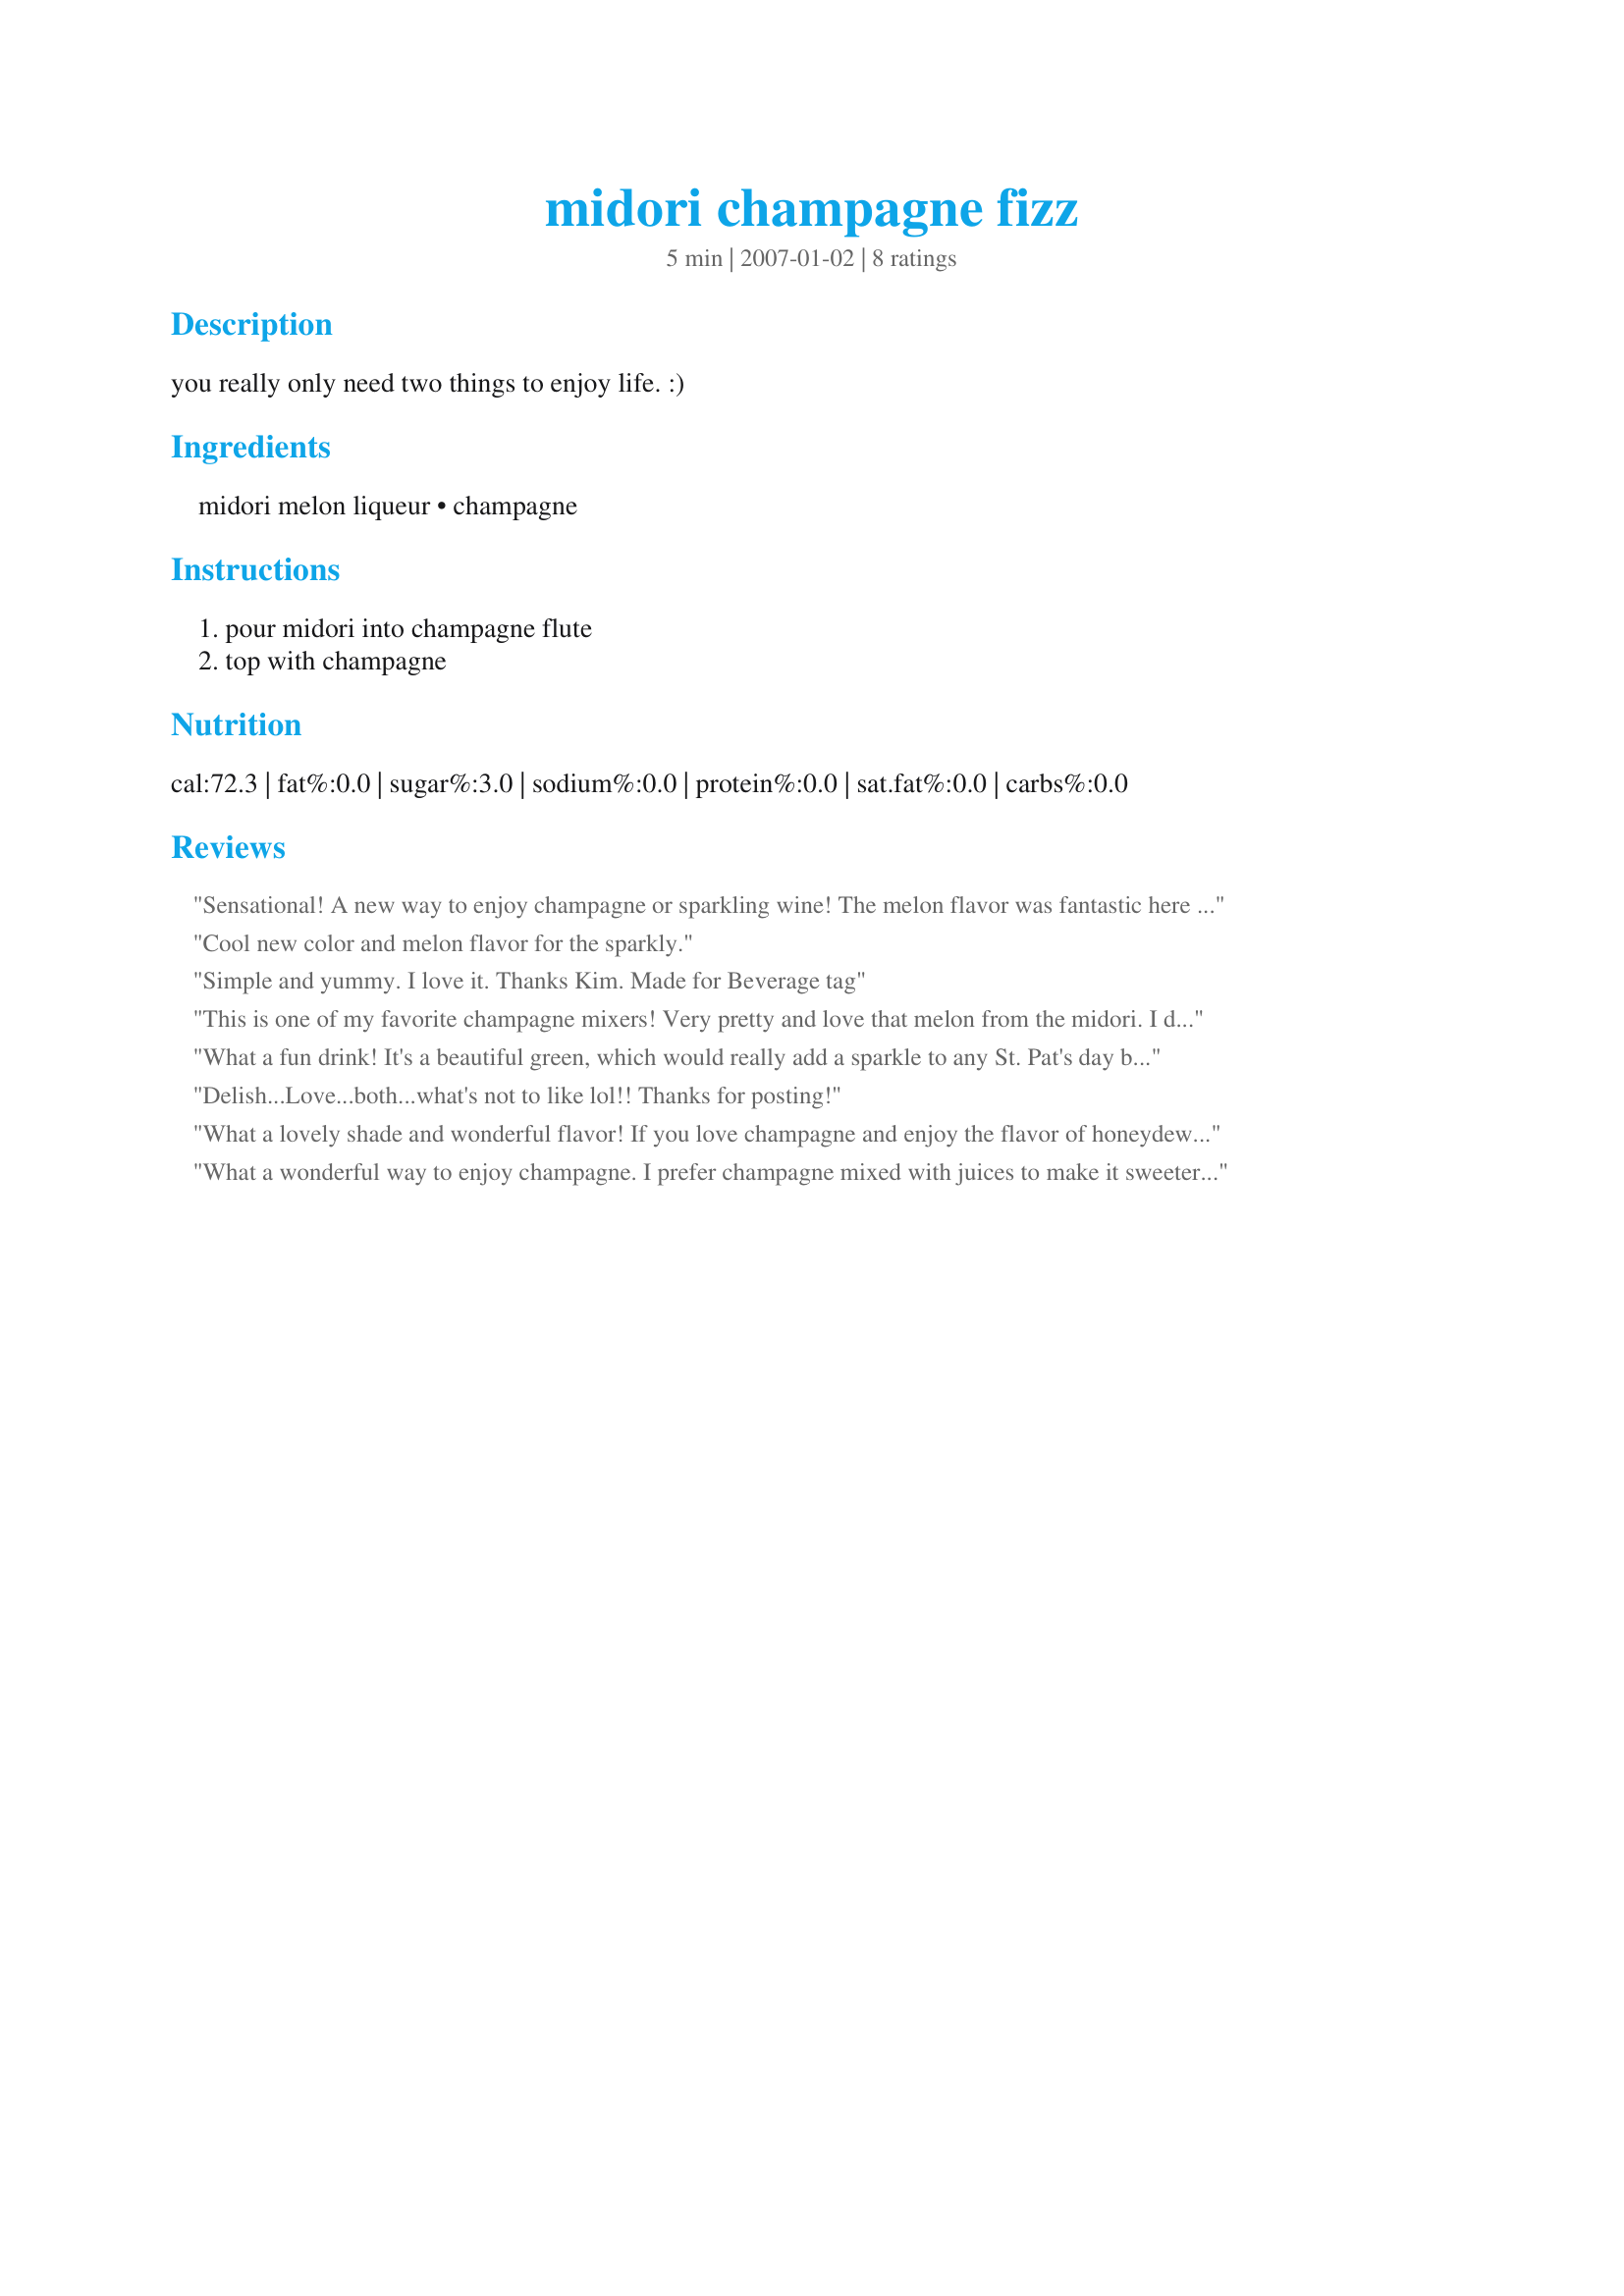
midori champagne fizz
Preparation time: 5 minutes

you really only need two things to enjoy life. :)

Ingredients:
midori melon liqueur, champagne

Steps:
pour midori into champagne flute, top with champagne

Reviews:
Sensational! A new way to enjoy champagne or sparkling wine! The melon flavor was fantastic here and went very well with the champagne! Gorgeous color too! Thanks Kim! *Made for Bev Tag*
Cool new color and melon flavor for the sparkly.
Simple and yummy. I love it. Thanks Kim. Made for Beverage tag
This is one of my favorite champagne mixers! Very pretty and love that melon from the midori. I don't suggest adding more than instructed 1/2oz of the midori as it gets too sweet for me then. I used Extra-Dry champagne.
What a fun drink! It's a beautiful green, which would really add a sparkle to any St. Pat's day breakfast or brunch. Thanks Kim127 for sharing.
Delish...Love...both...what's not to like lol!! Thanks for posting!
What a lovely shade and wonderful flavor! If you love champagne and enjoy the flavor of honeydew, then you are in for a treat! This is champagne with a slightly sweeter taste and a twist of honeydew ; ) I enjoyed it, Kim! Thank you.
What a wonderful way to enjoy champagne. I prefer champagne mixed with juices to make it sweeter, so this is a delicious addition to my champagne drink choices.
